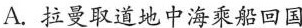
A.拉曼取道地中海乘船回国